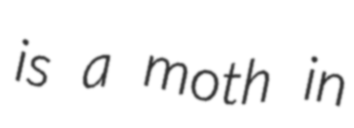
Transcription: is a moth in